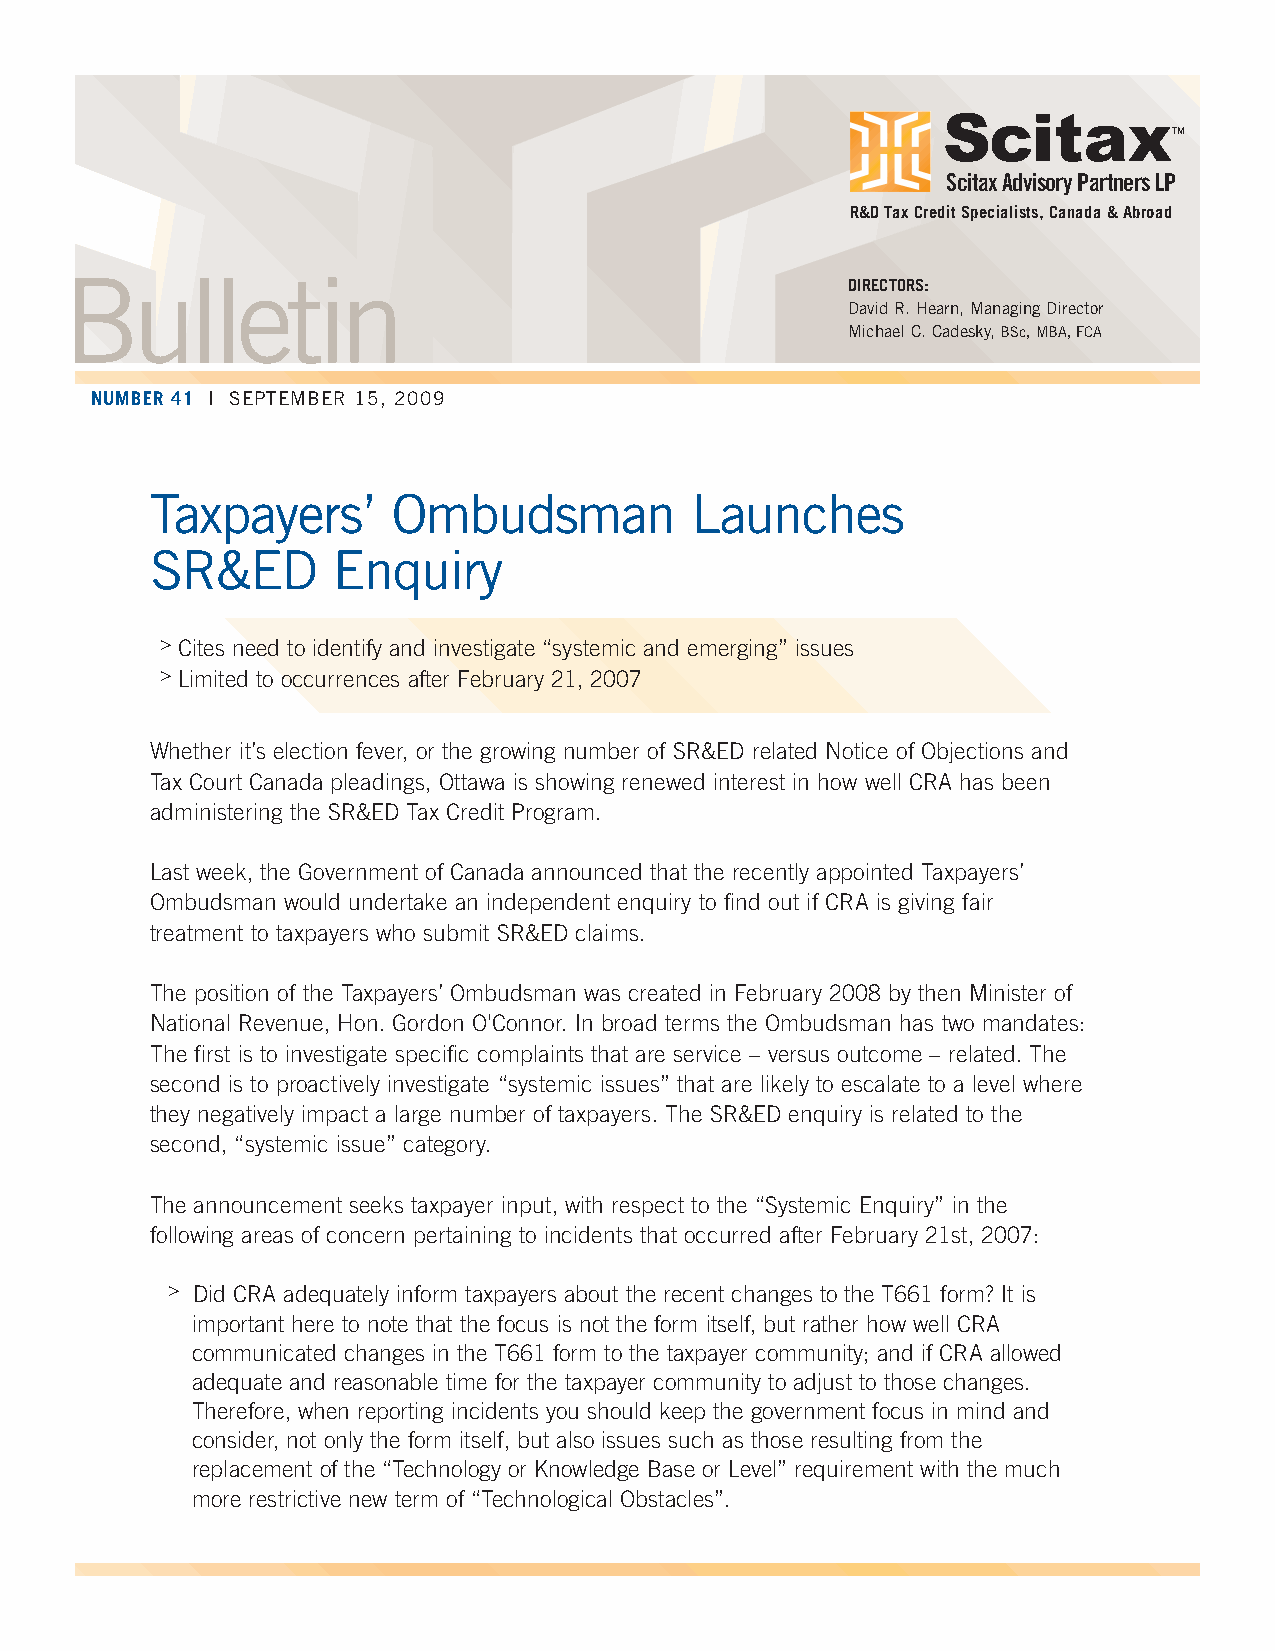
TM
 ScitaxAdvisory Partners LP
 R&D Tax Credit Specialists, Canada & Abroad
 Bulletin
 DIRECTORS:
 David R. Hearn, Managing Director
 Michael C. Cadesky, BSc, MBA, FCA
 NUMBER 41 | SEPTEMBER 15, 2009
 Taxpayers’      Ombudsman           Launches
 SR&ED       Enquiry
 > Cites need to identify and investigate “systemic and emerging” issues
 > Limited to occurrences after February 21, 2007
 Whether it’s election fever, or the growing number of SR&ED related Notice of Objections and
 Tax Court Canada pleadings, Ottawa is showing renewed interest in how well CRA has been
 administering the SR&ED Tax Credit Program.
 Last week, the Government of Canada announced that the recently appointed Taxpayers’
 Ombudsman would undertake an independent enquiry to find out if CRA is giving fair
 treatment to taxpayers who submit SR&ED claims.
 The position of the Taxpayers’ Ombudsman was created in February 2008 by then Minister of
 National Revenue, Hon. Gordon O'Connor. In broad terms the Ombudsman has two mandates:
 The first is to investigate specific complaints that are service – versus outcome – related. The
 second is to proactively investigate “systemic issues” that are likely to escalate to a level where
 they negatively impact a large number of taxpayers. The SR&ED enquiry is related to the
 second, “systemic issue” category.
 The announcement seeks taxpayer input, with respect to the “Systemic Enquiry” in the
 following areas of concern pertaining to incidents that occurred after February 21st, 2007:
 > Did CRA adequately inform taxpayers about the recent changes to the T661 form? It is
 important here to note that the focus is not the form itself, but rather how well CRA
 communicated changes in the T661 form to the taxpayer community; and if CRA allowed
 adequate and reasonable time for the taxpayer community to adjust to those changes.
 Therefore, when reporting incidents you should keep the government focus in mind and
 consider, not only the form itself, but also issues such as those resulting from the
 replacement of the “Technology or Knowledge Base or Level” requirement with the much
 more restrictive new term of “Technological Obstacles”.